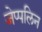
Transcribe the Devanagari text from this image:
जेप्पलिन